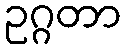
ဥဂ္ဂတာ